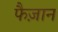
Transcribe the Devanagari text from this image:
फैज़ान